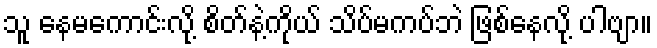
သူ နေမကောင်းလို့ စိတ်နဲ့ကိုယ် သိပ်မကပ်ဘဲ ဖြစ်နေလို့ ပါဗျာ။